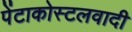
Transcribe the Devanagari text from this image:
पेंटाकोस्टलवादी